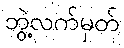
ဘွဲ့လက်မှတ်